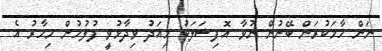
ނަން ހާމަކުރަން ބޭނުން ނުވާ އޮފިޝަލަކު މިއަދު ވިދާޅުވީ ފުލުހުން މިހާރު އެ